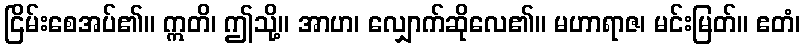
ငြိမ်းစေအပ်၏။ ဣတိ၊ ဤသို့။ အာဟ၊ လျှောက်ဆိုလေ၏။ မဟာရာဇ၊ မင်းမြတ်။ ဧတံ၊